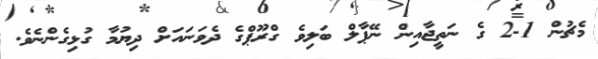
މެޗުން 1-2 ގެ ނަތީޖާއިން ނޭޕާލް ބަލިވެ ގްރޫޕްގެ ދެވަނައަށް ދިޔުމާ ގުޅިގެންނެވެ.